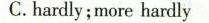
C.hardly;more hardly